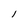
Character: l